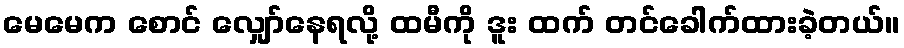
မေမေက စောင် လျှော်နေရလို့ ထမီကို ဒူး ထက် တင်ခေါက်ထားခဲ့တယ်။